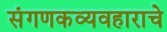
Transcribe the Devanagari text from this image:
संगणकव्यवहाराचे